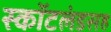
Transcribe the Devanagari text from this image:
स्कॉटलंडसह